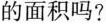
的面积吗?